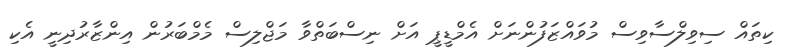
ކިތައް ސިވިލްސާވިސް މުވައްޒަފުންނަށް އެމްޑީޕީ އަށް ނިސްބަތްވާ މަޖްލިސް މެމްބަރުން އިންޒާރުދިނީ އެކި